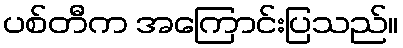
ပစ်တီက အကြောင်းပြသည်။